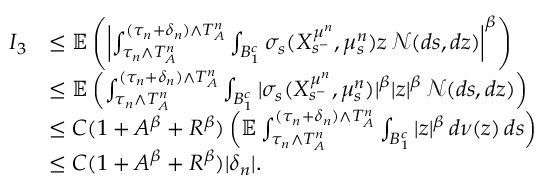
\begin{array} { r l } { I _ { 3 } } & { \leq \mathbb { E } \left( \left\vert \int _ { \tau _ { n } \wedge T _ { A } ^ { n } } ^ { ( \tau _ { n } + \delta _ { n } ) \wedge T _ { A } ^ { n } } \int _ { B _ { 1 } ^ { c } } \sigma _ { s } ( X _ { s ^ { - } } ^ { \mu ^ { n } } , \mu _ { s } ^ { n } ) z \, \mathcal { N } ( d s , d z ) \right\vert ^ { \beta } \right) } \\ & { \leq \mathbb { E } \left( \int _ { \tau _ { n } \wedge T _ { A } ^ { n } } ^ { ( \tau _ { n } + \delta _ { n } ) \wedge T _ { A } ^ { n } } \int _ { B _ { 1 } ^ { c } } | \sigma _ { s } ( X _ { s ^ { - } } ^ { \mu ^ { n } } , \mu _ { s } ^ { n } ) | ^ { \beta } | z | ^ { \beta } \, \mathcal { N } ( d s , d z ) \right) } \\ & { \leq C ( 1 + A ^ { \beta } + R ^ { \beta } ) \left( \mathbb { E } \int _ { \tau _ { n } \wedge T _ { A } ^ { n } } ^ { ( \tau _ { n } + \delta _ { n } ) \wedge T _ { A } ^ { n } } \int _ { B _ { 1 } ^ { c } } | z | ^ { \beta } \, d \nu ( z ) \, d s \right) } \\ & { \leq C ( 1 + A ^ { \beta } + R ^ { \beta } ) | \delta _ { n } | . } \end{array}